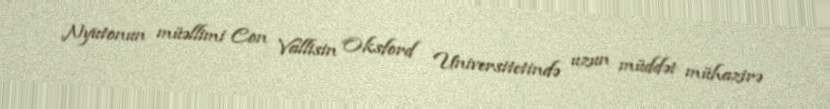
Nyutonun müəllimi Con Vallisin Oksford Universitetində uzun müddət mühazirə